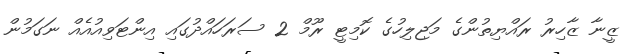
ޒީނާ ޒާހިރު ރައްޔިތުންގެ މަޖިލިހުގެ ކޮމިޓީ ރޫމް 2 ސަރަހައްދުގައި އިންޓަވިއުއެއް ނަގަމުން